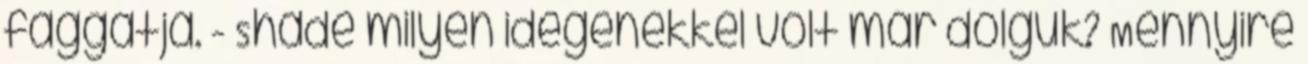
faggatja. - Shade milyen idegenekkel volt már dolguk? Mennyire